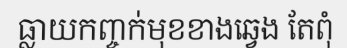
ធ្លាយកញ្ចក់មុខខាងឆ្វេង តែពុំ